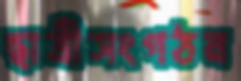
ছাত্রীসংগঠন